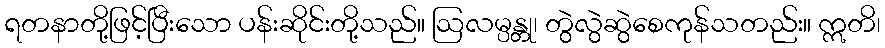
ရတနာတို့ဖြင့်ပြီးသော ပန်းဆိုင်းတို့သည်။ ဩလမ္ပန္တု၊ တွဲလွဲဆွဲစေကုန်သတည်း။ ဣတိ၊